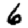
Digit: 6